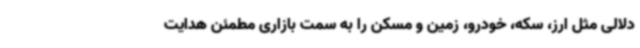
دلالی مثل ارز، سکه، خودرو، زمین و مسکن را به سمت بازاری مطمئن هدایت